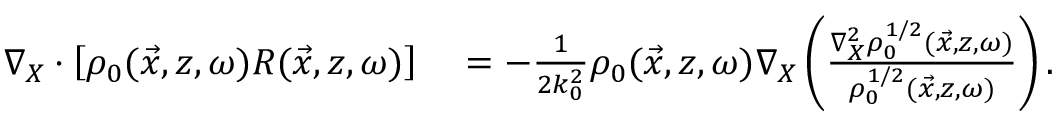
\begin{array} { r l } { \nabla _ { X } \cdot \left[ \rho _ { 0 } ( \vec { x } , z , \omega ) R ( \vec { x } , z , \omega ) \right] } & { { } = - \frac { 1 } { 2 k _ { 0 } ^ { 2 } } \rho _ { 0 } ( \vec { x } , z , \omega ) \nabla _ { X } \left( \frac { \nabla _ { X } ^ { 2 } \rho _ { 0 } ^ { 1 / 2 } ( \vec { x } , z , \omega ) } { \rho _ { 0 } ^ { 1 / 2 } ( \vec { x } , z , \omega ) } \right) . } \end{array}